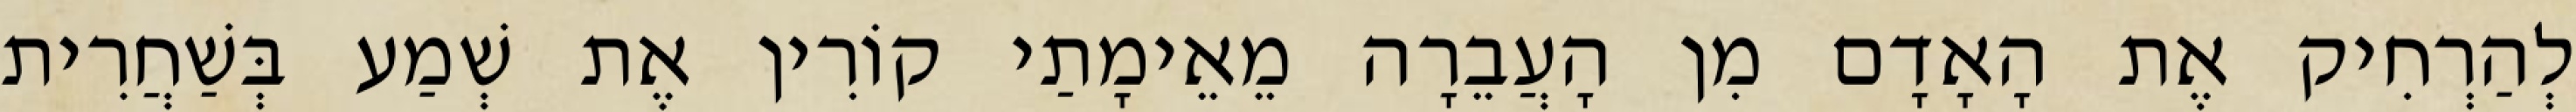
לְהַרְחִיק אֶת הָאָדָם מִן הָעֲבֵרָה מֵאֵימָתַי קוֹרִין אֶת שְׁמַע בְּשַׁחֲרִית